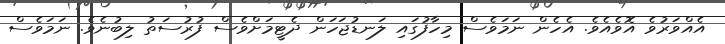
އެއްވަރުވެ އޮވެއެވެ. އެހެން ނަމަވެސް މިހާފުގައި ލަނޑުޖަހަން ދެޓީމަށްވެސް ފުރުސަތު ލިބުނެވެ. ނަމަވެސް